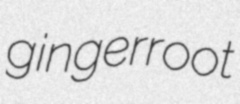
gingerroot